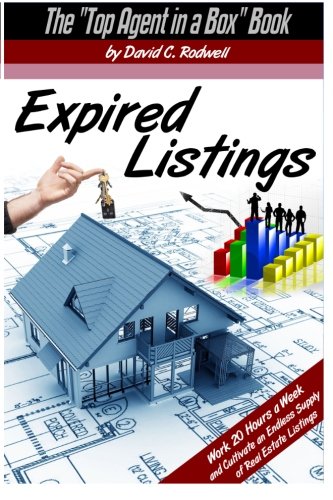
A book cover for Expired Listings: Work 20 Hours a Week and Cultivate an Endless Supply of Real Estate Listings; David Rodwell; Business & Money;